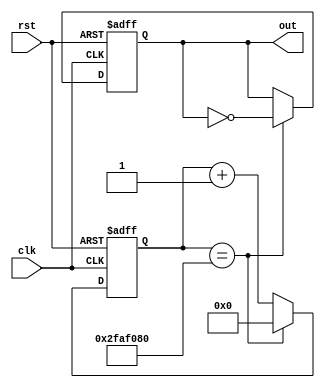
//`timescale 1ns / 1ps
//////////////////////////////////////////////////////////////////////////////////
// Company: 
// Engineer: 
// 
// Design Name: 
// Module Name:    frequency_divider 
// Project Name: 
// Target Devices: 
// Tool versions: 
// Description: 
//
// Dependencies: 
//
// Revision: 
// Revision 0.01 - File Created
// Additional Comments: 
//
//////////////////////////////////////////////////////////////////////////////////
module frequency_divider(clk,rst,out);
input clk,rst;
output out;
reg out;
reg [25:0]count;

always @ (posedge clk or negedge rst)
begin
if(!rst)
begin
out <= 1'b0;
count <= 26'b00_0000_0000_0000_0000_0000_0000; 
end
else if(count==26'b10_1111_1010_1111_0000_1000_0000)
begin
out<=~out;
count<=26'b00_0000_0000_0000_0000_0000_0000;
end
else count<=count+26'b00_0000_0000_0000_0000_0000_0001;
end
endmodule